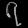
Digit: ၇